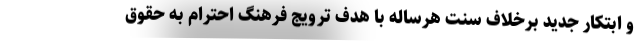
و ابتکار جدید برخلاف سنت هرساله با هدف ترویج فرهنگ احترام به حقوق